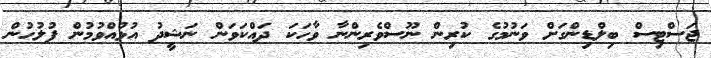
ޖަސްޓިސް ބިލްޑިންގަށް ވަނުމުގެ ކުރިން ނޫސްވެރިންނާ ވާހަކަ ދައްކަވަން ނަޝީދު އުޅުއްވުމުން ފުލުހުން